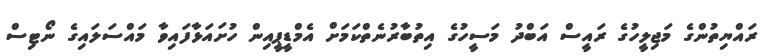
ރައްޔިތުންގެ މަޖިލީހުގެ ރައީސް އަބްދު މަސީހުގެ އިތުބާރުނެތްކަމަށް އެމްޑީޕީއިން ހުށައަޅާފައިވާ މައްސަލައިގެ ނޯޓިސް